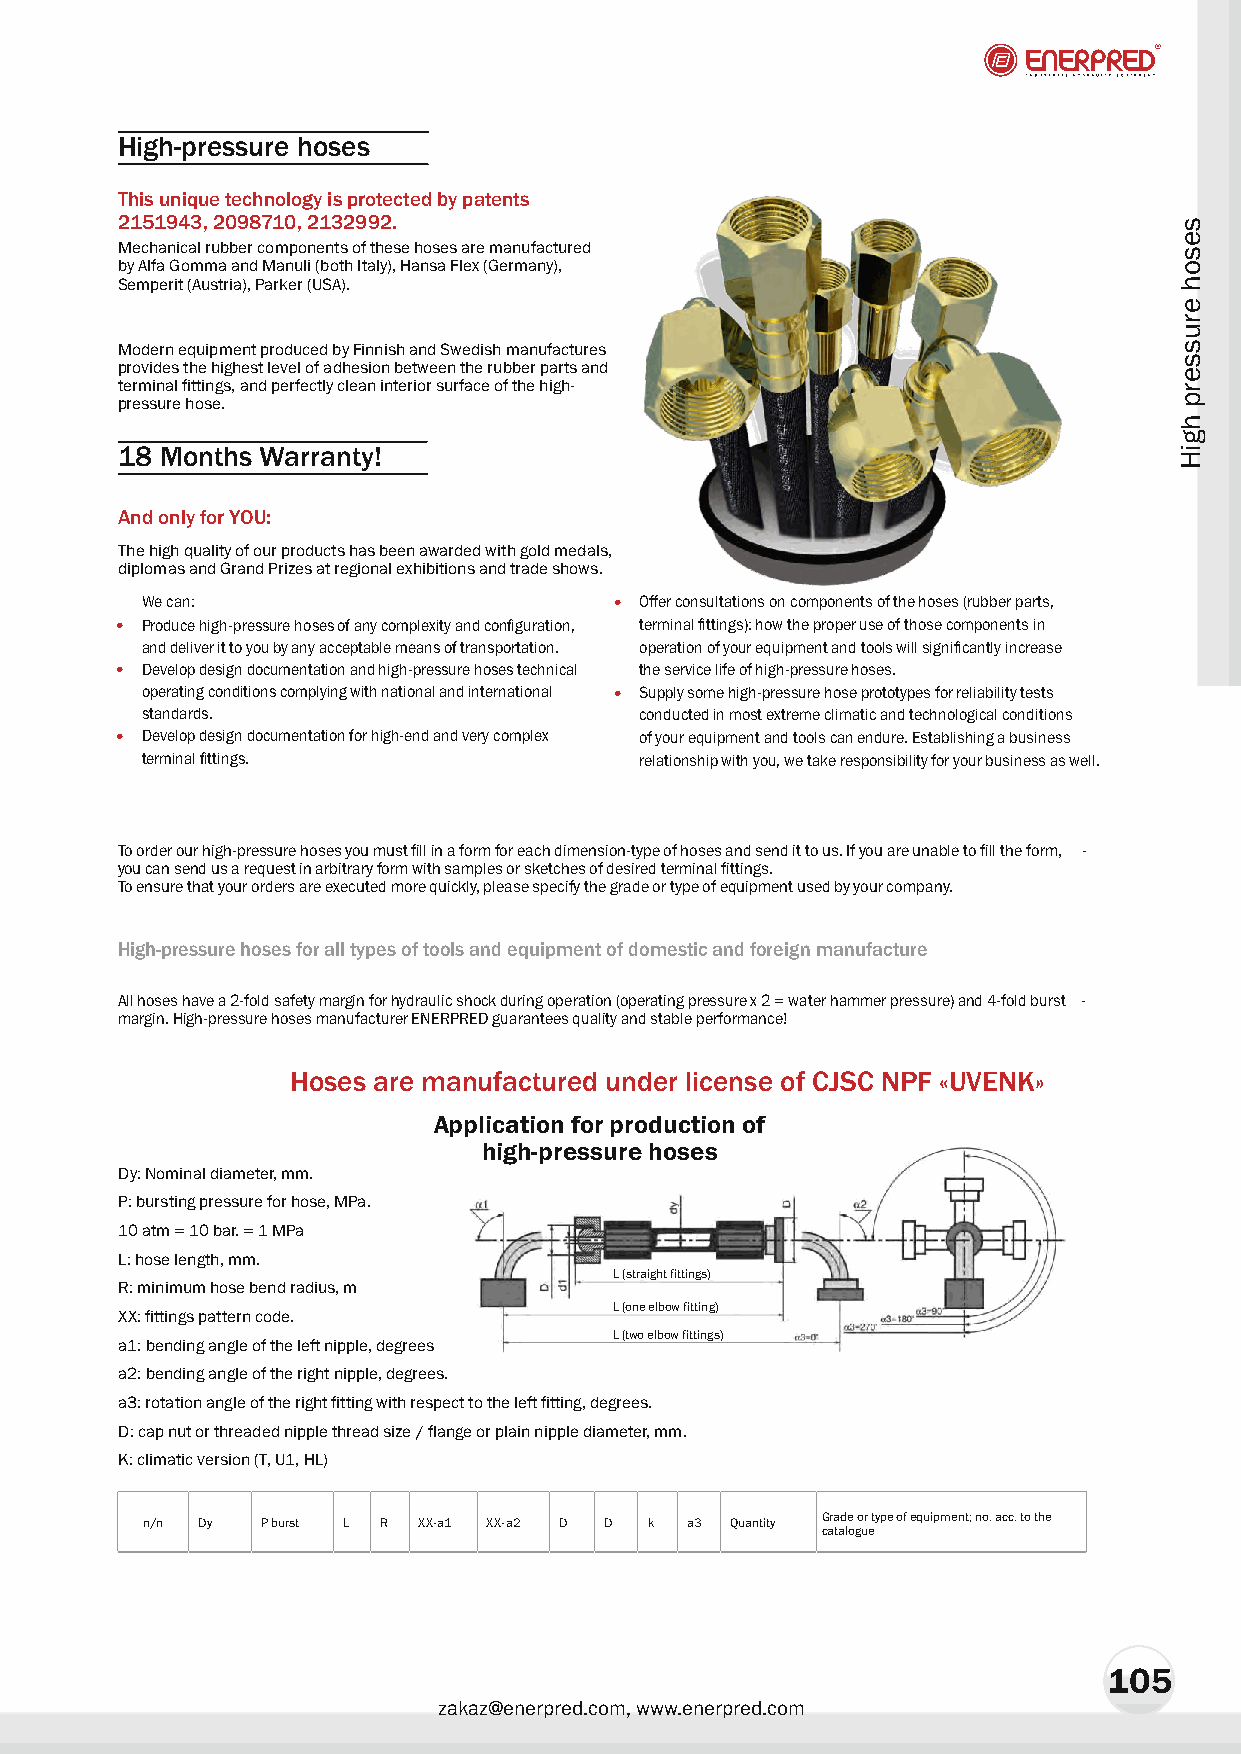
High-pressure hoses
 This unique technology is protected by patents
 2151943, 2098710, 2132992.
 Mechanical rubber components of these hoses are manufactured
 by Alfa Gomma and Manuli (both Italy), Hansa Flex (Germany),
 Semperit (Austria), Parker (USA).
 Modern equipment produced by Finnish and Swedish manufactures
 provides the highest level of adhesion between the rubber parts and
 terminal fittings, and perfectly clean interior surface of the high-
 pressure hose.
 18 Months Warranty!
 And only for YOU:
 The high quality of our products has been awarded with gold med-als,
 diplomas and Grand Prizes at regional exhibitions and trade shows.
 We can:                         • Offer consultations on components of the hoses (rubber parts,
 • Produce high-pressure hoses of any complexity and configuration, terminal fittings): how the proper use of those components in
 and deliver it to you by any acceptable means of transportation. operation of your equipment and tools will significantly increase
 • Develop design documentation and high-pressure hoses technical the service life of high-pressure hoses.
 operating conditions complying with national and international • Supply some high-pressure hose prototypes for reliability tests
 standards.                       conducted in most extreme climatic and technological conditions
 • Develop design documentation for high-end and very complex of your equipment and tools can endure. Establishing a business
 terminal fittings.               relationship with you, we take responsibility for your business as well.
 To order our high-pressure hoses you must fill in a form for each dimension-type of hoses and send it to us. If you are unable to fill the form, -
 you can send us a request in arbitrary form with samples or sketches of desired terminal fittings.
 To ensure that your orders are executed more quickly, please specify the grade or type of equipment used by your company.
 High-pressure hoses for all types of tools and equipment of domestic and foreign manufacture
 All hoses have a 2-fold safety margin for hydraulic shock during operation (operating pressure x 2 = water hammer pressure) and 4-fold burst -
 margin. High-pressure hoses manufacturer ENERPRED guarantees quality and stable performance!
 Hoses are manufactured under license of CJSC NPF «UVENK»
 Application for production of
 high-pressure hoses
 Dó: Nominal diameter, mm.
 Ð: bursting pressure for hose, MPa.
 10 atm = 10 bar. = 1 MPa
 L: hose length, mm.
 L (straight fittings)
 R: minimum hose bend radius, m
 L (one elbow fitting)
 XX: fittings pattern code.
 L (two elbow fittings)
 a1: bending angle of the left nipple, degrees
 a2: bending angle of the right nipple, degrees.
 a3: rotation angle of the right fitting with respect to the left fitting, degrees.
 D: cap nut or threaded nipple thread size / flange or plain nipple diameter, mm.
 K: climatic version (T, U1, HL)
 ï/ï Dy  Ð burst L R XX-a1 XX-a2 D D k a3 Quantity Grade or type of equipment; no. acc. to the
 catalogue
 105
 zakaz@enerpred.com, www.enerpred.com
 sesoh
 erusserp
 hgiH